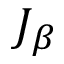
J _ { \beta }